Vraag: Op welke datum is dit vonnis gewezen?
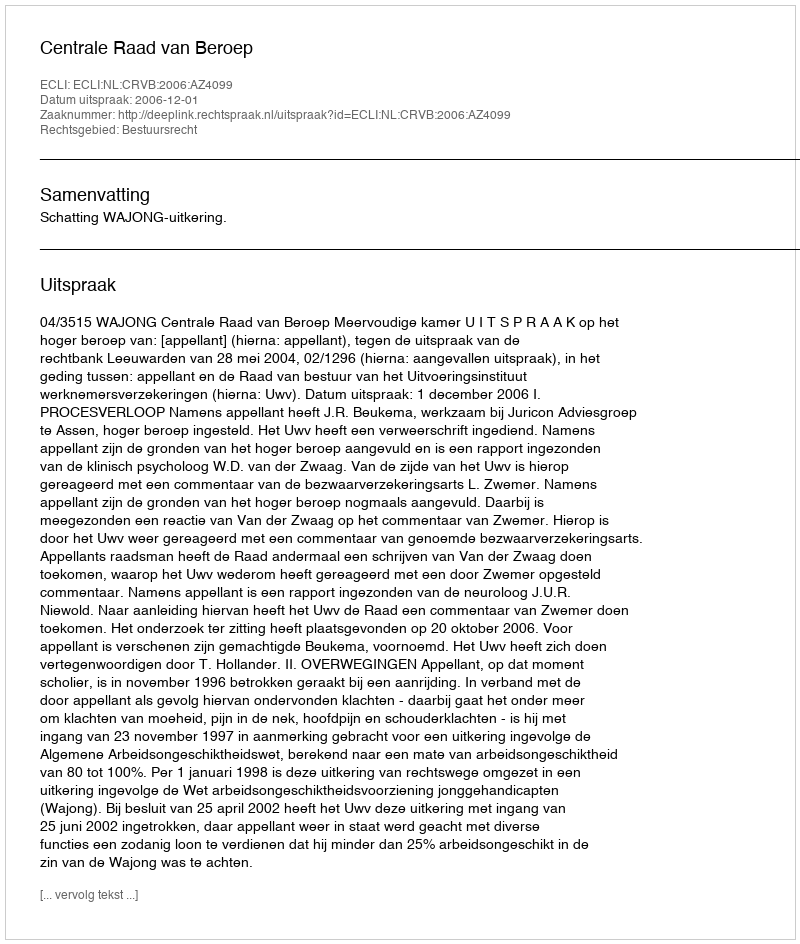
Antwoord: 2006-12-01